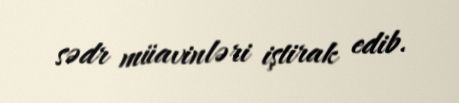
sədr müavinləri iştirak edib.